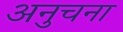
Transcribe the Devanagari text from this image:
अनुचना